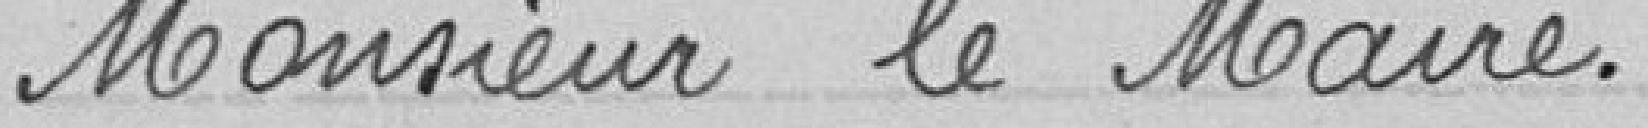
Monsieur le Maire